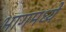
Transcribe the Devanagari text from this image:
भागमध्ये